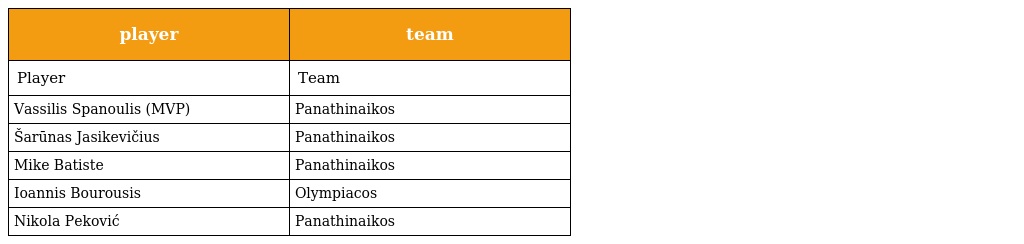
| player | team |
 | --- | --- |
 | Player | Team |
 | Vassilis Spanoulis (MVP) | Panathinaikos |
 | Šarūnas Jasikevičius | Panathinaikos |
 | Mike Batiste | Panathinaikos |
 | Ioannis Bourousis | Olympiacos |
 | Nikola Peković | Panathinaikos |